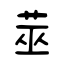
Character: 莁